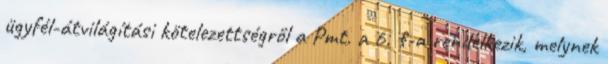
ügyfél-átvilágítási kötelezettségről a Pmt. a 6. §-a rendelkezik, melynek